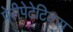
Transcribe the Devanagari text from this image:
पेरीपेटेटिक्स